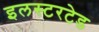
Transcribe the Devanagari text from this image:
इलस्टरटेड